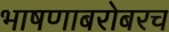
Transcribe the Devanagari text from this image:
भाषणाबरोबरच